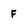
Character: F